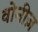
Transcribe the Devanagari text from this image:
वोनीज़